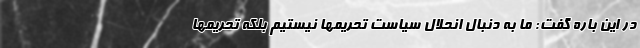
در این باره گفت: ما به دنبال انحلال سیاست تحریمها نیستیم بلکه تحریمها